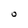
Character: O